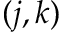
( j , k )